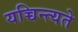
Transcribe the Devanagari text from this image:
यच्चिन्त्यते